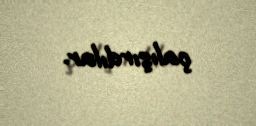
çalışırdılar.